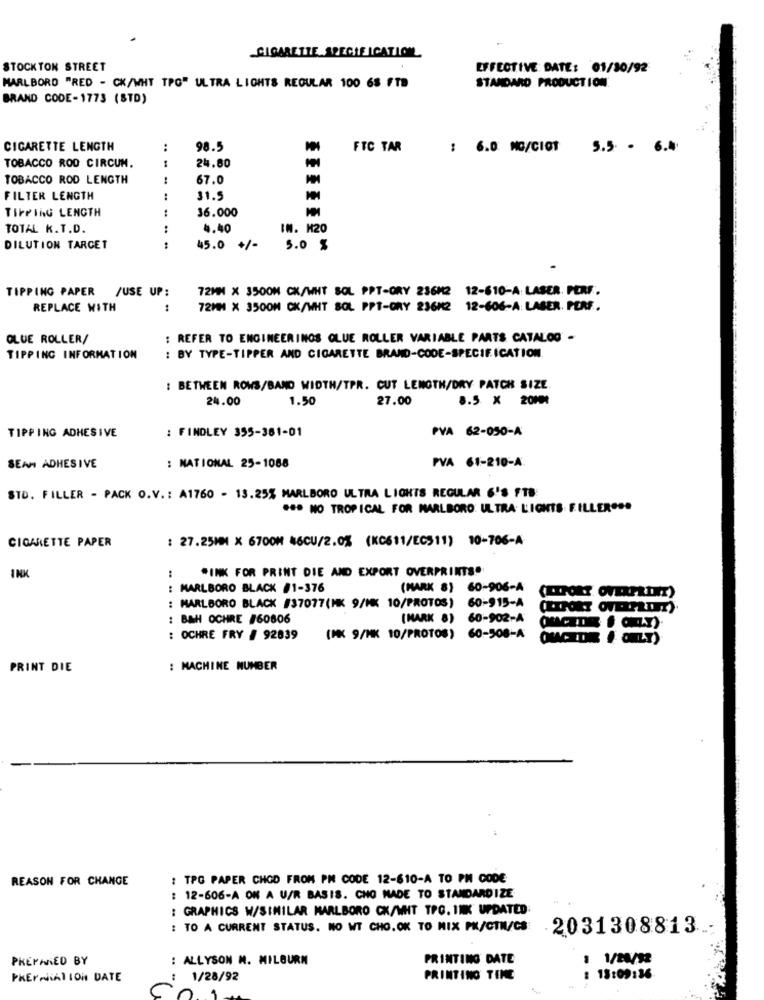
CIGARETTE SPECIFICATION
STOCKTON STREET
EFFECTIVE DATE: 01/10/92
MARLBORO "RED - CK/WHT TPG" ULTRA LIGHTS REGULAR 100 68 FTB
STANDARD PRODUCTION
BRAND CODE-1773 (8TD)
CIGARETTE LENGTH
..
98.5
FTC TAR
: 6.0 NG/CIOT
5.5 . 6.4
:
TOBACCO ROD CIRCUM.
24.60
TOBACCO ROD LENGTH
67.0
FILTER LENGTH
..
31.5
TIPPING LENGTH
36.000
TOTAL K.T.D.
..
4.40
IN. M20
DILUTION TARGET
45.0 +/-
5.0 %
TIPPING PAPER /USE UP:
72MM X 3500H CK/WHT SOL PPT-ORY 23682 12-610-A: LASER. PERF .
REPLACE WITH
72MM X 3500H CK/WHT SOL PPT-ORY 236M2 12-606-A: LASER. PERF.
OLUE ROLLER/
: REFER TO ENGINEERINOS OLUE ROLLER VARIABLE PARTS CATALOG -
TIPPING INFORMATION
: BY TYPE-TIPPER AND CIGARETTE BRAND-CODE-SPECIFICATION
: BETWEEN ROWS/BAND WIDTH/TPR. CUT LENGTH/DRY PATCH SIZE.
24.00
1.50
27.00
8.5 x 20MM
: FINDLEY 355-361-01
PVA 62-050-A
TIPPING ADHESIVE
PVA 61-210-A
SEAM ADHESIVE
: NATIONAL 25-1088
STD. FILLER - PACK O.V .: A1760 - 13.25% MARLBORO ULTRA LIGHTS REGULAR 6'S FTB
*** NO TROPICAL FOR MARLBORO: ULTRA. LIGHTS FILLEROSO
CIGARETTE PAPER
: 27.25MM X 6700M 46CU/2.0% (KC611/EC511) 10-706-A
"INK FOR PRINT DIE AND EXPORT OVERPRINTS"
INK
:
: MARLBORO BLACK #1-376
(MARK 8) 60-906-A
: MARLBORO BLACK #37077(MK 9/MK 10/PROTOS) 60-915-A
: BAH OCHRE /60806
(MARK 8) 60-902-A
: OCHRE FRY # 92839
(MK 9/MK 10/PROTOS) 60-508-A
PRINT DIE
: MACHINE NUMBER
REASON FOR CHANGE
: TPG PAPER CHOD FROM PM CODE 12-610-A TO PM GODE
: 12-606-A ON A U/R BASIS. CHO MADE TO STANDARDIZE
: GRAPHICS W/SIMILAR MARLBORO CK/WHT TPC. INK UPDATED
: TO A CURRENT STATUS. NO WT CHO. OK TO MIX PK/CTN/CS
.2031308813
PREPARED BY
: ALLYSON M. MILBURN
PRINTING DATE
1 1/2/12
PREPARATION DATE
1/28/92
PRINTING TENE
18:09:36